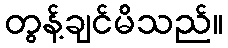
တွန့်ချင်မိသည်။